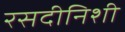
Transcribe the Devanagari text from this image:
रसदीनिशी